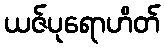
ယဇ်ပုရောဟိတ်